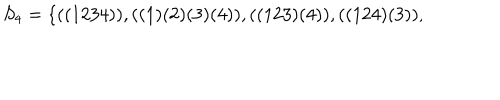
S _ { 4 } = \{ ( ( 1 2 3 4 ) ) , ( ( 1 ) ( 2 ) ( 3 ) ( 4 ) ) , ( ( 1 2 3 ) ( 4 ) ) , ( ( 1 2 4 ) ( 3 ) ) , \hspace { 1 i n }